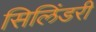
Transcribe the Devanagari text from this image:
सिलिंडरी